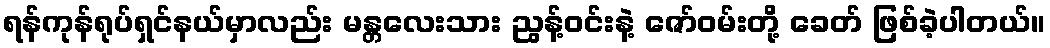
ရန်ကုန်ရုပ်ရှင်နယ်မှာလည်း မန္တလေးသား ညွန့်ဝင်းနဲ့ ဇော်ဝမ်းတို့ ခေတ် ဖြစ်ခဲ့ပါတယ်။